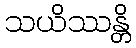
သယိဿန္တိ